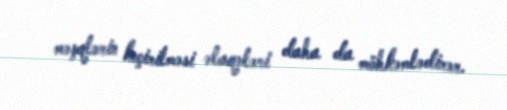
məşqlərin keçirilməsi əlaqələri daha da möhkəmlədirər.